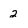
Character: 2